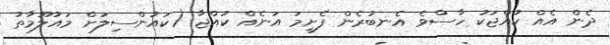
ދެން އެއް ކުއްޖަކު ހާސްވެ އެނބުރެން ފެށީމަ އަނެއް ކުއްޖާ (ކައުންސިލަށް މައުލޫމާތު